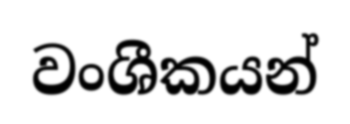
වංශීකයන්